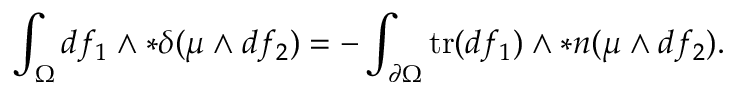
\int _ { \Omega } d f _ { 1 } \wedge \ast \delta ( \mu \wedge d f _ { 2 } ) = - \int _ { \partial \Omega } \mathrm { t r } ( d f _ { 1 } ) \wedge \ast \boldsymbol { n } ( \mu \wedge d f _ { 2 } ) .